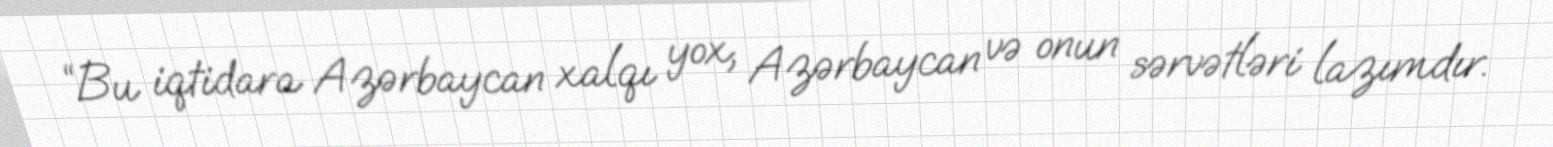
“Bu iqtidara Azərbaycan xalqı yox, Azərbaycan və onun sərvətləri lazımdır.